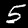
Label: 5